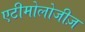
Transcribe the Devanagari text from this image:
एटीमोलोजीज़